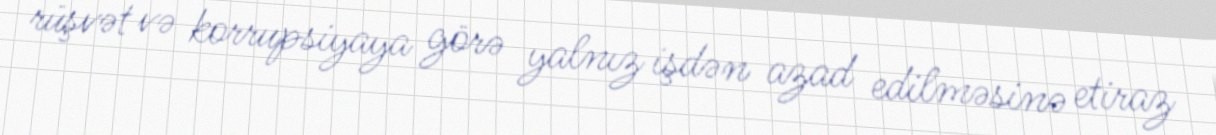
rüşvət və korrupsiyaya görə yalnız işdən azad edilməsinə etiraz